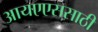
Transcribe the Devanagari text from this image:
आयएएससाठी